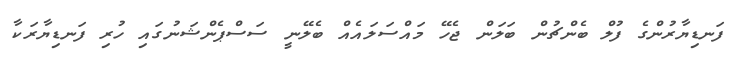
ފަނޑިޔާރުންގެ ފުލް ބެންޗުން ބަލަން ޖެހޭ މައްސަލައެއް ބެލޭނީ ސަސްޕެންޝަނުގައި ހުރި ފަނޑިޔާރަކާ